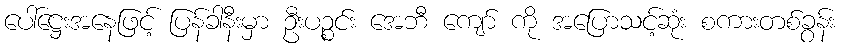
ပေါ်ဋ္ဌေးအနေဖြင့် ပြန်ခါနီးမှာ ဦးပဉ္စင်း အေဘီ ကျော် ကို အပြောသင့်ဆုံး စကားတစ်ခွန်း